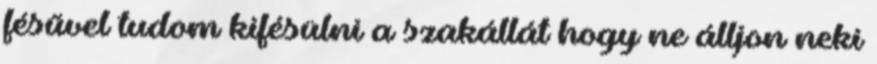
fésűvel tudom kifésülni a szakállát hogy ne álljon neki